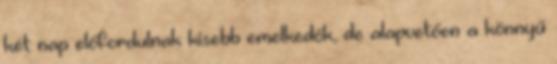
két nap előfordulnak kisebb emelkedők, de alapvetően a könnyű